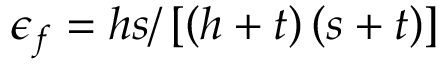
\epsilon _ { f } = h s / \left[ \left( h + t \right) \left( s + t \right) \right]